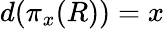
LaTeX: d(\pi_{x}(R))=x